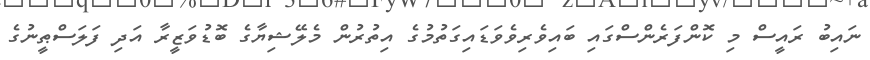
ނައިބު ރައީސް މި ކޮންފަރެންސްގައި ބައިވެރިވެވަޑައިގަތުމުގެ އިތުރުން މެލޭޝިޔާގެ ބޮޑުވަޒީރާ އަދި ފަލަސްޠީނުގެ